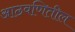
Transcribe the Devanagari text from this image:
आठवणितील